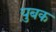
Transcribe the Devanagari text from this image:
युबक